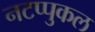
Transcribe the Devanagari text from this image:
नटप्पुकल